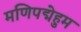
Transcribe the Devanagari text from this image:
मणिपद्मेहुम